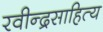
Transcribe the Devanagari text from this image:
रवीन्द्रसाहित्य